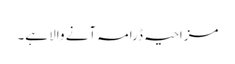
مزاحیہ ڈرامہ آنے والا ہے۔